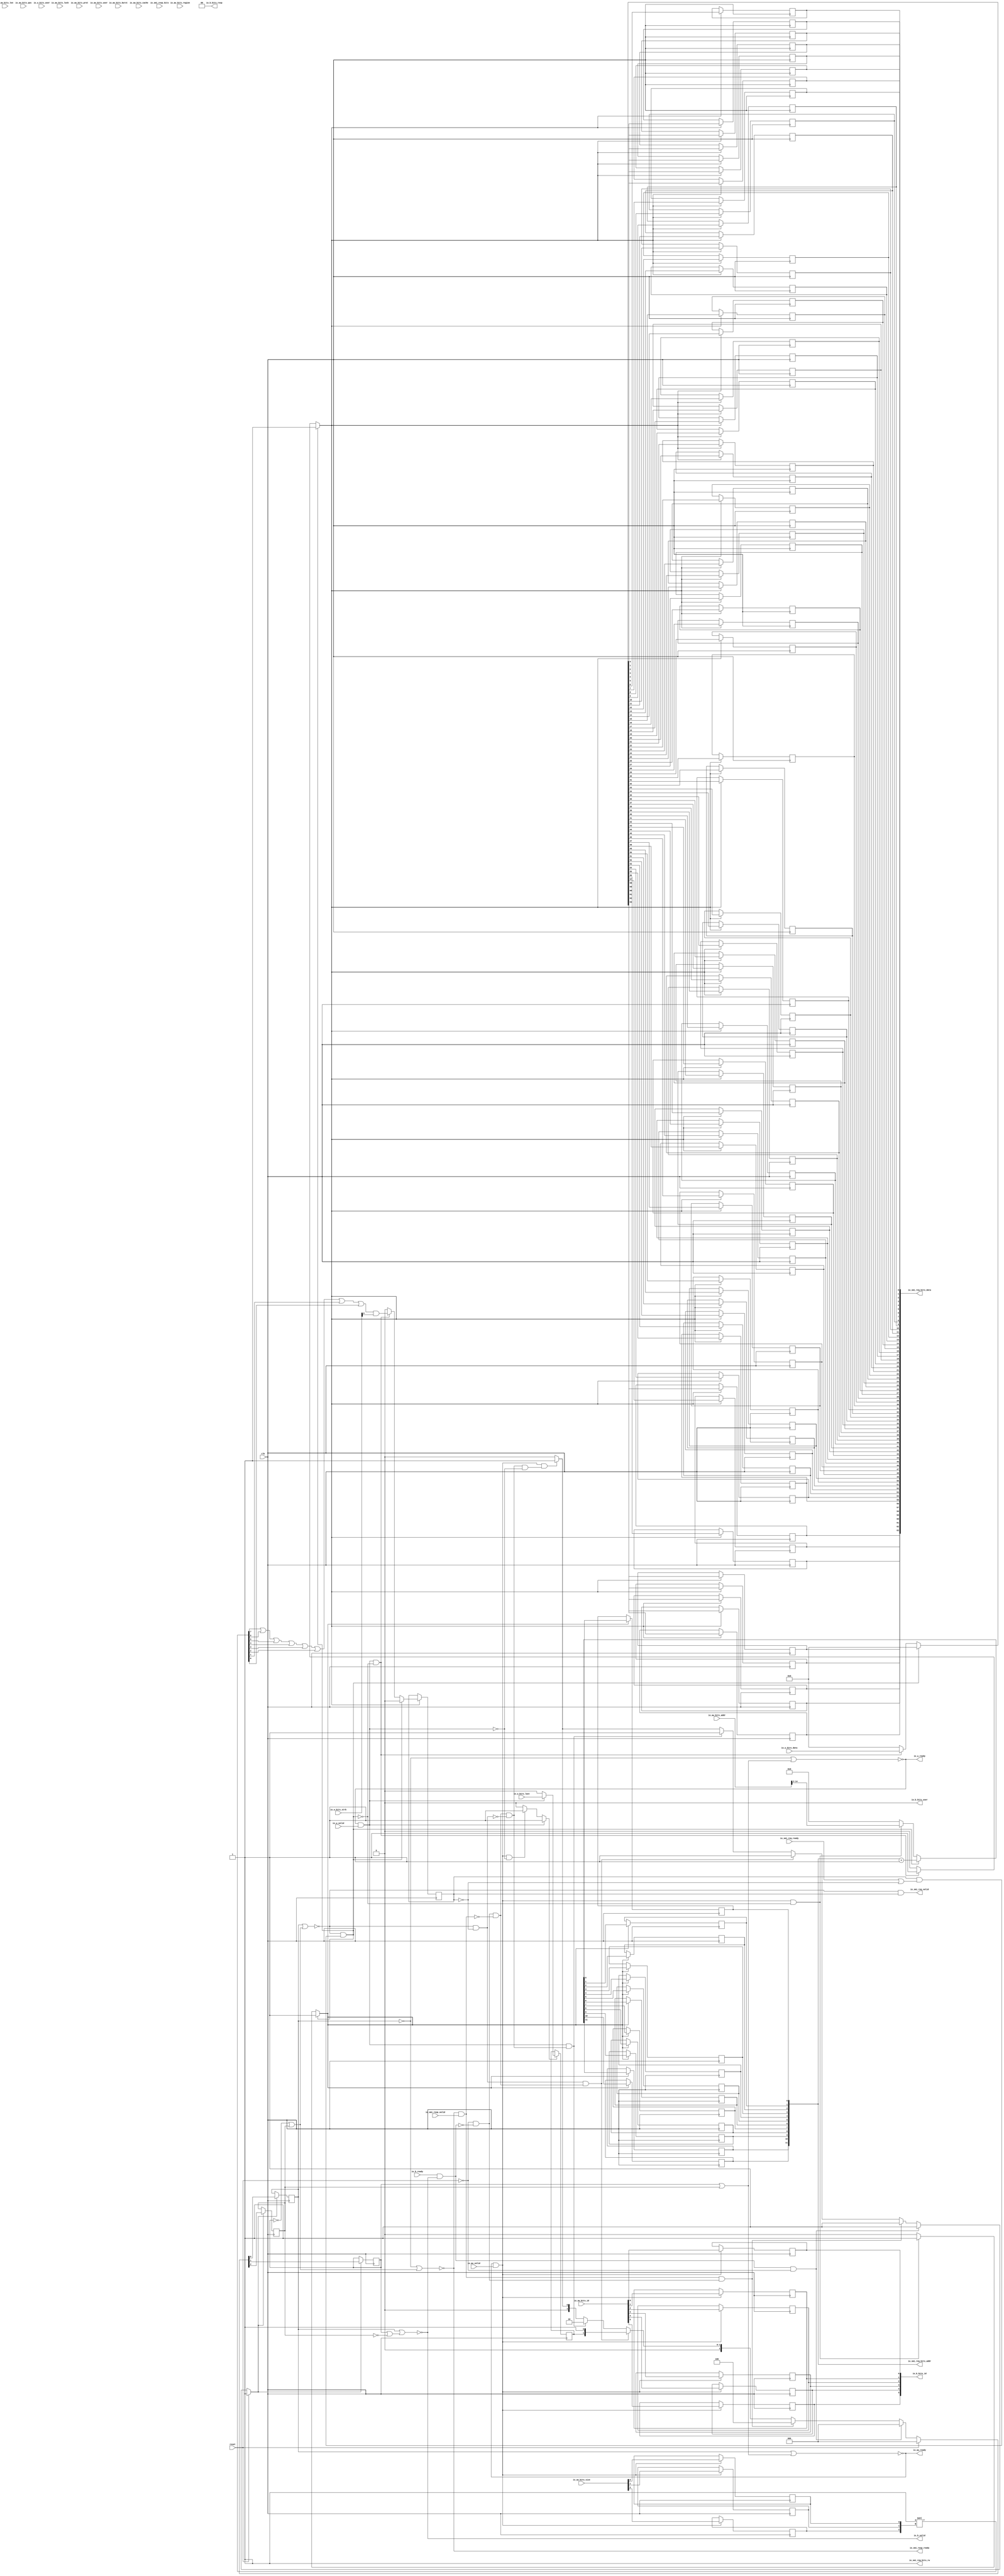
module SmiIONastiWriteIOConverter_0
(
  clk,
  reset,
  io_aw_ready,
  io_aw_valid,
  io_aw_bits_addr,
  io_aw_bits_len,
  io_aw_bits_size,
  io_aw_bits_burst,
  io_aw_bits_lock,
  io_aw_bits_cache,
  io_aw_bits_prot,
  io_aw_bits_qos,
  io_aw_bits_region,
  io_aw_bits_id,
  io_aw_bits_user,
  io_w_ready,
  io_w_valid,
  io_w_bits_data,
  io_w_bits_last,
  io_w_bits_strb,
  io_w_bits_user,
  io_b_ready,
  io_b_valid,
  io_b_bits_resp,
  io_b_bits_id,
  io_b_bits_user,
  io_smi_req_ready,
  io_smi_req_valid,
  io_smi_req_bits_rw,
  io_smi_req_bits_addr,
  io_smi_req_bits_data,
  io_smi_resp_ready,
  io_smi_resp_valid,
  io_smi_resp_bits
);

  input [31:0] io_aw_bits_addr;
  input [7:0] io_aw_bits_len;
  input [2:0] io_aw_bits_size;
  input [1:0] io_aw_bits_burst;
  input [3:0] io_aw_bits_cache;
  input [2:0] io_aw_bits_prot;
  input [3:0] io_aw_bits_qos;
  input [3:0] io_aw_bits_region;
  input [5:0] io_aw_bits_id;
  input [63:0] io_w_bits_data;
  input [7:0] io_w_bits_strb;
  output [1:0] io_b_bits_resp;
  output [5:0] io_b_bits_id;
  output [11:0] io_smi_req_bits_addr;
  output [63:0] io_smi_req_bits_data;
  input [63:0] io_smi_resp_bits;
  input clk;
  input reset;
  input io_aw_valid;
  input io_aw_bits_lock;
  input io_aw_bits_user;
  input io_w_valid;
  input io_w_bits_last;
  input io_w_bits_user;
  input io_b_ready;
  input io_smi_req_ready;
  input io_smi_resp_valid;
  output io_aw_ready;
  output io_w_ready;
  output io_b_valid;
  output io_b_bits_user;
  output io_smi_req_valid;
  output io_smi_req_bits_rw;
  output io_smi_resp_ready;
  wire [1:0] io_b_bits_resp;
  wire io_aw_ready,io_w_ready,io_b_valid,io_b_bits_user,io_smi_req_valid,
  io_smi_req_bits_rw,io_smi_resp_ready,N0,N1,N2,T35,T34,T16,T12,T11,T28,T29,T32,T30,T31,N3,N4,
  N5,N6,N7,N8,N9,N10,N11,N12,N13,N14,N15,N16,N17,N18,N19,N20,N21,N22,N23,N24,N25,
  N26,N27,N28,N29,N30,N31,N32,N33,N34,N35,N36,N37,N38,N39,N40,N41,N42,N43,N44,N45,
  N46,N47,N48,N49,N50,N51,N52,N53,N54,N55,N56,N57,N58,N59,N60,N61,N62,N63,N64,N65,
  N66,N67,N68,N69,N70,N71,N72,N73,N74,N75,N76,N77,N78,N79,N80,N81,N82,N83,N84,N85,
  N86,N87,N88,N89,N90,N91,N92,N93,N94,N95,N96,N97,N98,N99,N100,N101,N102,N103,N104,
  N105,N106,N107,N108,N109,N110,N111,N112,N113,N114,N115,N116,N117,N118,N119,N120,
  N121,N122,N123,N124,N125,N126,N127,N128,N129,N130,N131,N132,N133,N134,N136,N137,
  N138,N140,N141,N142,N143,N144,N145,N147,N148,N149;
  wire [1:1] T13;
  wire [0:0] T22,T23,T24;
  wire [7:0] T25;
  wire [11:0] T42;
  reg [2:0] state,size;
  reg last,strb;
  reg [63:0] io_smi_req_bits_data;
  reg [11:0] io_smi_req_bits_addr;
  reg [5:0] io_b_bits_id;
  assign io_smi_req_bits_rw = 1'b1;
  assign io_b_bits_resp[0] = 1'b0;
  assign io_b_bits_resp[1] = 1'b0;
  assign io_b_bits_user = 1'b0;
  assign T25 = { 1'b0, 1'b0, 1'b0, 1'b0, 1'b0, 1'b0, 1'b0, 1'b1 } << size;

  always @(posedge clk) begin
    if(N9) begin
      state[2] <= N12;
    end 
  end


  always @(posedge clk) begin
    if(N9) begin
      state[1] <= N11;
    end 
  end


  always @(posedge clk) begin
    if(N9) begin
      state[0] <= N10;
    end 
  end


  always @(posedge clk) begin
    if(N15) begin
      last <= N16;
    end 
  end


  always @(posedge clk) begin
    if(N19) begin
      strb <= N20;
    end 
  end


  always @(posedge clk) begin
    if(T11) begin
      size[2] <= io_aw_bits_size[2];
    end 
  end


  always @(posedge clk) begin
    if(T11) begin
      size[1] <= io_aw_bits_size[1];
    end 
  end


  always @(posedge clk) begin
    if(T11) begin
      size[0] <= io_aw_bits_size[0];
    end 
  end


  always @(posedge clk) begin
    if(N23) begin
      io_smi_req_bits_data[63] <= N87;
    end 
  end


  always @(posedge clk) begin
    if(N23) begin
      io_smi_req_bits_data[62] <= N86;
    end 
  end


  always @(posedge clk) begin
    if(N23) begin
      io_smi_req_bits_data[61] <= N85;
    end 
  end


  always @(posedge clk) begin
    if(N23) begin
      io_smi_req_bits_data[60] <= N84;
    end 
  end


  always @(posedge clk) begin
    if(N23) begin
      io_smi_req_bits_data[59] <= N83;
    end 
  end


  always @(posedge clk) begin
    if(N23) begin
      io_smi_req_bits_data[58] <= N82;
    end 
  end


  always @(posedge clk) begin
    if(N23) begin
      io_smi_req_bits_data[57] <= N81;
    end 
  end


  always @(posedge clk) begin
    if(N23) begin
      io_smi_req_bits_data[56] <= N80;
    end 
  end


  always @(posedge clk) begin
    if(N23) begin
      io_smi_req_bits_data[55] <= N79;
    end 
  end


  always @(posedge clk) begin
    if(N23) begin
      io_smi_req_bits_data[54] <= N78;
    end 
  end


  always @(posedge clk) begin
    if(N23) begin
      io_smi_req_bits_data[53] <= N77;
    end 
  end


  always @(posedge clk) begin
    if(N23) begin
      io_smi_req_bits_data[52] <= N76;
    end 
  end


  always @(posedge clk) begin
    if(N23) begin
      io_smi_req_bits_data[51] <= N75;
    end 
  end


  always @(posedge clk) begin
    if(N23) begin
      io_smi_req_bits_data[50] <= N74;
    end 
  end


  always @(posedge clk) begin
    if(N23) begin
      io_smi_req_bits_data[49] <= N73;
    end 
  end


  always @(posedge clk) begin
    if(N23) begin
      io_smi_req_bits_data[48] <= N72;
    end 
  end


  always @(posedge clk) begin
    if(N23) begin
      io_smi_req_bits_data[47] <= N71;
    end 
  end


  always @(posedge clk) begin
    if(N23) begin
      io_smi_req_bits_data[46] <= N70;
    end 
  end


  always @(posedge clk) begin
    if(N23) begin
      io_smi_req_bits_data[45] <= N69;
    end 
  end


  always @(posedge clk) begin
    if(N23) begin
      io_smi_req_bits_data[44] <= N68;
    end 
  end


  always @(posedge clk) begin
    if(N23) begin
      io_smi_req_bits_data[43] <= N67;
    end 
  end


  always @(posedge clk) begin
    if(N23) begin
      io_smi_req_bits_data[42] <= N66;
    end 
  end


  always @(posedge clk) begin
    if(N23) begin
      io_smi_req_bits_data[41] <= N65;
    end 
  end


  always @(posedge clk) begin
    if(N23) begin
      io_smi_req_bits_data[40] <= N64;
    end 
  end


  always @(posedge clk) begin
    if(N23) begin
      io_smi_req_bits_data[39] <= N63;
    end 
  end


  always @(posedge clk) begin
    if(N23) begin
      io_smi_req_bits_data[38] <= N62;
    end 
  end


  always @(posedge clk) begin
    if(N23) begin
      io_smi_req_bits_data[37] <= N61;
    end 
  end


  always @(posedge clk) begin
    if(N23) begin
      io_smi_req_bits_data[36] <= N60;
    end 
  end


  always @(posedge clk) begin
    if(N23) begin
      io_smi_req_bits_data[35] <= N59;
    end 
  end


  always @(posedge clk) begin
    if(N23) begin
      io_smi_req_bits_data[34] <= N58;
    end 
  end


  always @(posedge clk) begin
    if(N23) begin
      io_smi_req_bits_data[33] <= N57;
    end 
  end


  always @(posedge clk) begin
    if(N23) begin
      io_smi_req_bits_data[32] <= N56;
    end 
  end


  always @(posedge clk) begin
    if(N23) begin
      io_smi_req_bits_data[31] <= N55;
    end 
  end


  always @(posedge clk) begin
    if(N23) begin
      io_smi_req_bits_data[30] <= N54;
    end 
  end


  always @(posedge clk) begin
    if(N23) begin
      io_smi_req_bits_data[29] <= N53;
    end 
  end


  always @(posedge clk) begin
    if(N23) begin
      io_smi_req_bits_data[28] <= N52;
    end 
  end


  always @(posedge clk) begin
    if(N23) begin
      io_smi_req_bits_data[27] <= N51;
    end 
  end


  always @(posedge clk) begin
    if(N23) begin
      io_smi_req_bits_data[26] <= N50;
    end 
  end


  always @(posedge clk) begin
    if(N23) begin
      io_smi_req_bits_data[25] <= N49;
    end 
  end


  always @(posedge clk) begin
    if(N23) begin
      io_smi_req_bits_data[24] <= N48;
    end 
  end


  always @(posedge clk) begin
    if(N23) begin
      io_smi_req_bits_data[23] <= N47;
    end 
  end


  always @(posedge clk) begin
    if(N23) begin
      io_smi_req_bits_data[22] <= N46;
    end 
  end


  always @(posedge clk) begin
    if(N23) begin
      io_smi_req_bits_data[21] <= N45;
    end 
  end


  always @(posedge clk) begin
    if(N23) begin
      io_smi_req_bits_data[20] <= N44;
    end 
  end


  always @(posedge clk) begin
    if(N23) begin
      io_smi_req_bits_data[19] <= N43;
    end 
  end


  always @(posedge clk) begin
    if(N23) begin
      io_smi_req_bits_data[18] <= N42;
    end 
  end


  always @(posedge clk) begin
    if(N23) begin
      io_smi_req_bits_data[17] <= N41;
    end 
  end


  always @(posedge clk) begin
    if(N23) begin
      io_smi_req_bits_data[16] <= N40;
    end 
  end


  always @(posedge clk) begin
    if(N23) begin
      io_smi_req_bits_data[15] <= N39;
    end 
  end


  always @(posedge clk) begin
    if(N23) begin
      io_smi_req_bits_data[14] <= N38;
    end 
  end


  always @(posedge clk) begin
    if(N23) begin
      io_smi_req_bits_data[13] <= N37;
    end 
  end


  always @(posedge clk) begin
    if(N23) begin
      io_smi_req_bits_data[12] <= N36;
    end 
  end


  always @(posedge clk) begin
    if(N23) begin
      io_smi_req_bits_data[11] <= N35;
    end 
  end


  always @(posedge clk) begin
    if(N23) begin
      io_smi_req_bits_data[10] <= N34;
    end 
  end


  always @(posedge clk) begin
    if(N23) begin
      io_smi_req_bits_data[9] <= N33;
    end 
  end


  always @(posedge clk) begin
    if(N23) begin
      io_smi_req_bits_data[8] <= N32;
    end 
  end


  always @(posedge clk) begin
    if(N23) begin
      io_smi_req_bits_data[7] <= N31;
    end 
  end


  always @(posedge clk) begin
    if(N23) begin
      io_smi_req_bits_data[6] <= N30;
    end 
  end


  always @(posedge clk) begin
    if(N23) begin
      io_smi_req_bits_data[5] <= N29;
    end 
  end


  always @(posedge clk) begin
    if(N23) begin
      io_smi_req_bits_data[4] <= N28;
    end 
  end


  always @(posedge clk) begin
    if(N23) begin
      io_smi_req_bits_data[3] <= N27;
    end 
  end


  always @(posedge clk) begin
    if(N23) begin
      io_smi_req_bits_data[2] <= N26;
    end 
  end


  always @(posedge clk) begin
    if(N23) begin
      io_smi_req_bits_data[1] <= N25;
    end 
  end


  always @(posedge clk) begin
    if(N23) begin
      io_smi_req_bits_data[0] <= N24;
    end 
  end


  always @(posedge clk) begin
    if(N90) begin
      io_smi_req_bits_addr[11] <= N102;
    end 
  end


  always @(posedge clk) begin
    if(N90) begin
      io_smi_req_bits_addr[10] <= N101;
    end 
  end


  always @(posedge clk) begin
    if(N90) begin
      io_smi_req_bits_addr[9] <= N100;
    end 
  end


  always @(posedge clk) begin
    if(N90) begin
      io_smi_req_bits_addr[8] <= N99;
    end 
  end


  always @(posedge clk) begin
    if(N90) begin
      io_smi_req_bits_addr[7] <= N98;
    end 
  end


  always @(posedge clk) begin
    if(N90) begin
      io_smi_req_bits_addr[6] <= N97;
    end 
  end


  always @(posedge clk) begin
    if(N90) begin
      io_smi_req_bits_addr[5] <= N96;
    end 
  end


  always @(posedge clk) begin
    if(N90) begin
      io_smi_req_bits_addr[4] <= N95;
    end 
  end


  always @(posedge clk) begin
    if(N90) begin
      io_smi_req_bits_addr[3] <= N94;
    end 
  end


  always @(posedge clk) begin
    if(N90) begin
      io_smi_req_bits_addr[2] <= N93;
    end 
  end


  always @(posedge clk) begin
    if(N90) begin
      io_smi_req_bits_addr[1] <= N92;
    end 
  end


  always @(posedge clk) begin
    if(N90) begin
      io_smi_req_bits_addr[0] <= N91;
    end 
  end


  always @(posedge clk) begin
    if(T11) begin
      io_b_bits_id[5] <= io_aw_bits_id[5];
    end 
  end


  always @(posedge clk) begin
    if(T11) begin
      io_b_bits_id[4] <= io_aw_bits_id[4];
    end 
  end


  always @(posedge clk) begin
    if(T11) begin
      io_b_bits_id[3] <= io_aw_bits_id[3];
    end 
  end


  always @(posedge clk) begin
    if(T11) begin
      io_b_bits_id[2] <= io_aw_bits_id[2];
    end 
  end


  always @(posedge clk) begin
    if(T11) begin
      io_b_bits_id[1] <= io_aw_bits_id[1];
    end 
  end


  always @(posedge clk) begin
    if(T11) begin
      io_b_bits_id[0] <= io_aw_bits_id[0];
    end 
  end

  assign N122 = ~state[1];
  assign N123 = N122 | state[2];
  assign N124 = state[0] | N123;
  assign N125 = ~N124;
  assign N133 = state[1] | state[2];
  assign N134 = state[0] | N133;
  assign io_aw_ready = ~N134;
  assign N136 = ~state[0];
  assign N137 = state[1] | state[2];
  assign N138 = N136 | N137;
  assign io_w_ready = ~N138;
  assign N140 = N122 | state[2];
  assign N141 = state[0] | N140;
  assign N142 = ~N141;
  assign N143 = ~strb;
  assign N144 = N122 | state[2];
  assign N145 = N136 | N144;
  assign io_smi_resp_ready = ~N145;
  assign N147 = ~state[2];
  assign N148 = state[1] | N147;
  assign N149 = state[0] | N148;
  assign io_b_valid = ~N149;
  assign T42 = io_smi_req_bits_addr + 1'b1;
  assign T23[0] = T24[0] ^ 1'b1;
  assign N9 = (N0)? 1'b1 : 
              (N104)? 1'b1 : 
              (N107)? 1'b1 : 
              (N110)? 1'b1 : 
              (N113)? 1'b1 : 
              (N116)? 1'b1 : 
              (N8)? 1'b0 : 1'b0;
  assign N0 = reset;
  assign { N12, N11, N10 } = (N0)? { 1'b0, 1'b0, 1'b0 } : 
                             (N104)? { 1'b0, 1'b0, 1'b0 } : 
                             (N107)? { 1'b1, 1'b0, 1'b0 } : 
                             (N110)? { 1'b0, T13[1:1], 1'b1 } : 
                             (N113)? { 1'b0, 1'b1, 1'b0 } : 
                             (N116)? { 1'b0, 1'b0, 1'b1 } : 1'b0;
  assign N15 = (N1)? 1'b1 : 
               (N117)? 1'b1 : 
               (N14)? 1'b0 : 1'b0;
  assign N1 = T12;
  assign N16 = (N1)? io_w_bits_last : 
               (N117)? 1'b0 : 1'b0;
  assign N19 = (N2)? 1'b1 : 
               (N119)? 1'b1 : 
               (N18)? 1'b0 : 1'b0;
  assign N2 = T28;
  assign N20 = (N2)? 1'b0 : 
               (N119)? T22[0] : 1'b0;
  assign N23 = (N2)? 1'b1 : 
               (N120)? 1'b1 : 
               (N22)? 1'b0 : 1'b0;
  assign { N87, N86, N85, N84, N83, N82, N81, N80, N79, N78, N77, N76, N75, N74, N73, N72, N71, N70, N69, N68, N67, N66, N65, N64, N63, N62, N61, N60, N59, N58, N57, N56, N55, N54, N53, N52, N51, N50, N49, N48, N47, N46, N45, N44, N43, N42, N41, N40, N39, N38, N37, N36, N35, N34, N33, N32, N31, N30, N29, N28, N27, N26, N25, N24 } = (N2)? { 1'b0, 1'b0, 1'b0, 1'b0, 1'b0, 1'b0, 1'b0, 1'b0, 1'b0, 1'b0, 1'b0, 1'b0, 1'b0, 1'b0, 1'b0, 1'b0, 1'b0, 1'b0, 1'b0, 1'b0, 1'b0, 1'b0, 1'b0, 1'b0, 1'b0, 1'b0, 1'b0, 1'b0, 1'b0, 1'b0, 1'b0, 1'b0, 1'b0, 1'b0, 1'b0, 1'b0, 1'b0, 1'b0, 1'b0, 1'b0, 1'b0, 1'b0, 1'b0, 1'b0, 1'b0, 1'b0, 1'b0, 1'b0, 1'b0, 1'b0, 1'b0, 1'b0, 1'b0, 1'b0, 1'b0, 1'b0, 1'b0, 1'b0, 1'b0, 1'b0, 1'b0, 1'b0, 1'b0, 1'b0 } : 
                                                                                                                                                                                                                                                                                                                                              (N120)? io_w_bits_data : 1'b0;
  assign N90 = (N2)? 1'b1 : 
               (N121)? 1'b1 : 
               (N89)? 1'b0 : 1'b0;
  assign { N102, N101, N100, N99, N98, N97, N96, N95, N94, N93, N92, N91 } = (N2)? T42 : 
                                                                             (N121)? io_aw_bits_addr[14:3] : 1'b0;
  assign T11 = io_aw_ready & io_aw_valid;
  assign T12 = io_w_ready & io_w_valid;
  assign T13[1] = last;
  assign T16 = N142 & N143;
  assign T22[0] = T23[0] & io_w_bits_strb[0];
  assign T28 = N142 & T29;
  assign T29 = T32 & T30;
  assign T30 = io_smi_req_ready | T31;
  assign T31 = ~strb;
  assign T32 = ~N143;
  assign T34 = io_smi_resp_ready & io_smi_resp_valid;
  assign T35 = io_b_ready & io_b_valid;
  assign io_smi_req_valid = N125 & strb;
  assign N3 = T35 | reset;
  assign N4 = T34 | N3;
  assign N5 = T16 | N4;
  assign N6 = T12 | N5;
  assign N7 = T11 | N6;
  assign N8 = ~N7;
  assign N13 = T11 | T12;
  assign N14 = ~N13;
  assign N17 = T12 | T28;
  assign N18 = ~N17;
  assign N21 = T12 | T28;
  assign N22 = ~N21;
  assign N88 = T11 | T28;
  assign N89 = ~N88;
  assign N103 = ~reset;
  assign N104 = T35 & N103;
  assign N105 = ~T35;
  assign N106 = N103 & N105;
  assign N107 = T34 & N106;
  assign N108 = ~T34;
  assign N109 = N106 & N108;
  assign N110 = T16 & N109;
  assign N111 = ~T16;
  assign N112 = N109 & N111;
  assign N113 = T12 & N112;
  assign N114 = ~T12;
  assign N115 = N112 & N114;
  assign N116 = T11 & N115;
  assign N117 = T11 & N114;
  assign N118 = ~T28;
  assign N119 = T12 & N118;
  assign N120 = T12 & N118;
  assign N121 = T11 & N118;
  assign N126 = T25[7] | T25[6];
  assign N127 = N126 | T25[5];
  assign N128 = N127 | T25[4];
  assign N129 = N128 | T25[3];
  assign N130 = N129 | T25[2];
  assign N131 = N130 | T25[1];
  assign N132 = N131 | T25[0];
  assign T24[0] = ~N132;

endmodule